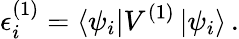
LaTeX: \epsilon_{i}^{(1)}=\left\langle\psi_{i}\right|V^{(1)}\left|\psi_{i}\right\rangle\, .